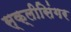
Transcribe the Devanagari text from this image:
स्क्लीसिंगर